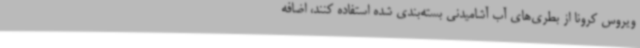
ویروس کرونا از بطری‌های آب آشامیدنی بسته‌بندی شده استفاده کنند، اضافه